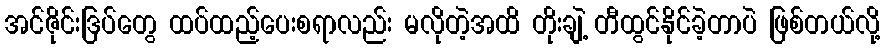
အင်ဇိုင်းဒြပ်တွေ ထပ်ထည့်ပေးစရာလည်း မလိုတဲ့အထိ တိုးချဲ့ တီထွင်နိုင်ခဲ့တာပဲ ဖြစ်တယ်လို့